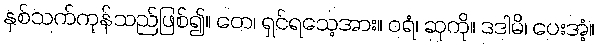
နှစ်သက်ကုန်သည်ဖြစ်၍။ တေ၊ ရှင်ရသေ့အား။ ဝရံ၊ ဆုကို။ ဒဒါမိ၊ ပေးအံ့။